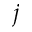
j